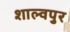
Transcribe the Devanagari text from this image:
शाल्वपुर